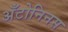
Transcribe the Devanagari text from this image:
अँटोनिनस